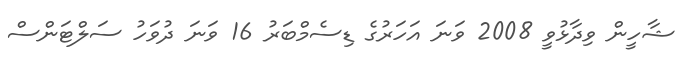
ޝާހީން ވިދާޅުވީ 2008 ވަނަ އަހަރުގެ ޑިސެމްބަރު 16 ވަނަ ދުވަހު ސަލްޓަންސް